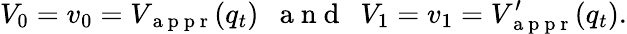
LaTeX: V_{0}=v_{0}=V_{\mathrm{~a~p~p~r~}}(q_{t})\mathrm{~\ \ a~n~d~\ \ }V_{1}=v_{1}=V_{\mathrm{~a~p~p~r~}}^{\prime}(q_{t}).